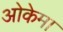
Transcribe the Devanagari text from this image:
ओकेमा